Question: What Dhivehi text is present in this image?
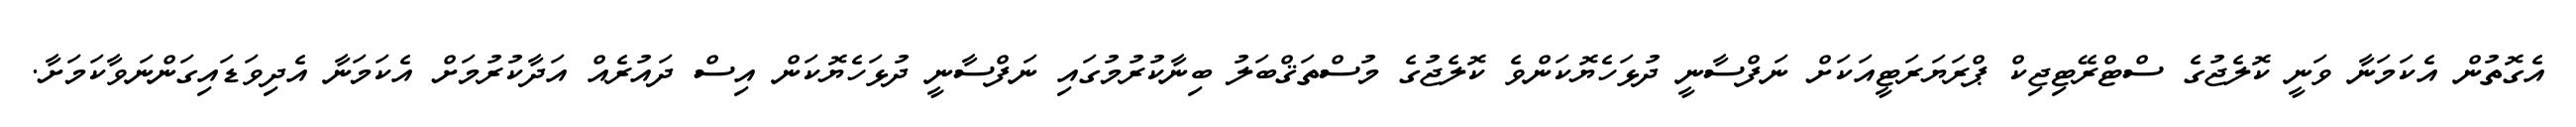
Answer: އެގޮތުން އެކަމަނާ ވަނީ ކޮލެޖުގެ ސްޓްރޭޓިޖިކް ޕްރަޔަރަޓީއަކަށް ނަފްސާނީ ދުޅަހެޔޮކަންވެ ކޮލެޖުގެ މުސްތަޤްބަލު ބިނާކުރުމުގައި ނަފްސާނީ ދުޅަހެޔޮކަން އިސް ދައުރެއް އަދާކުރުމަށް އެކަމަނާ އެދިވަޑައިގަންނަވާކަމަށާ.